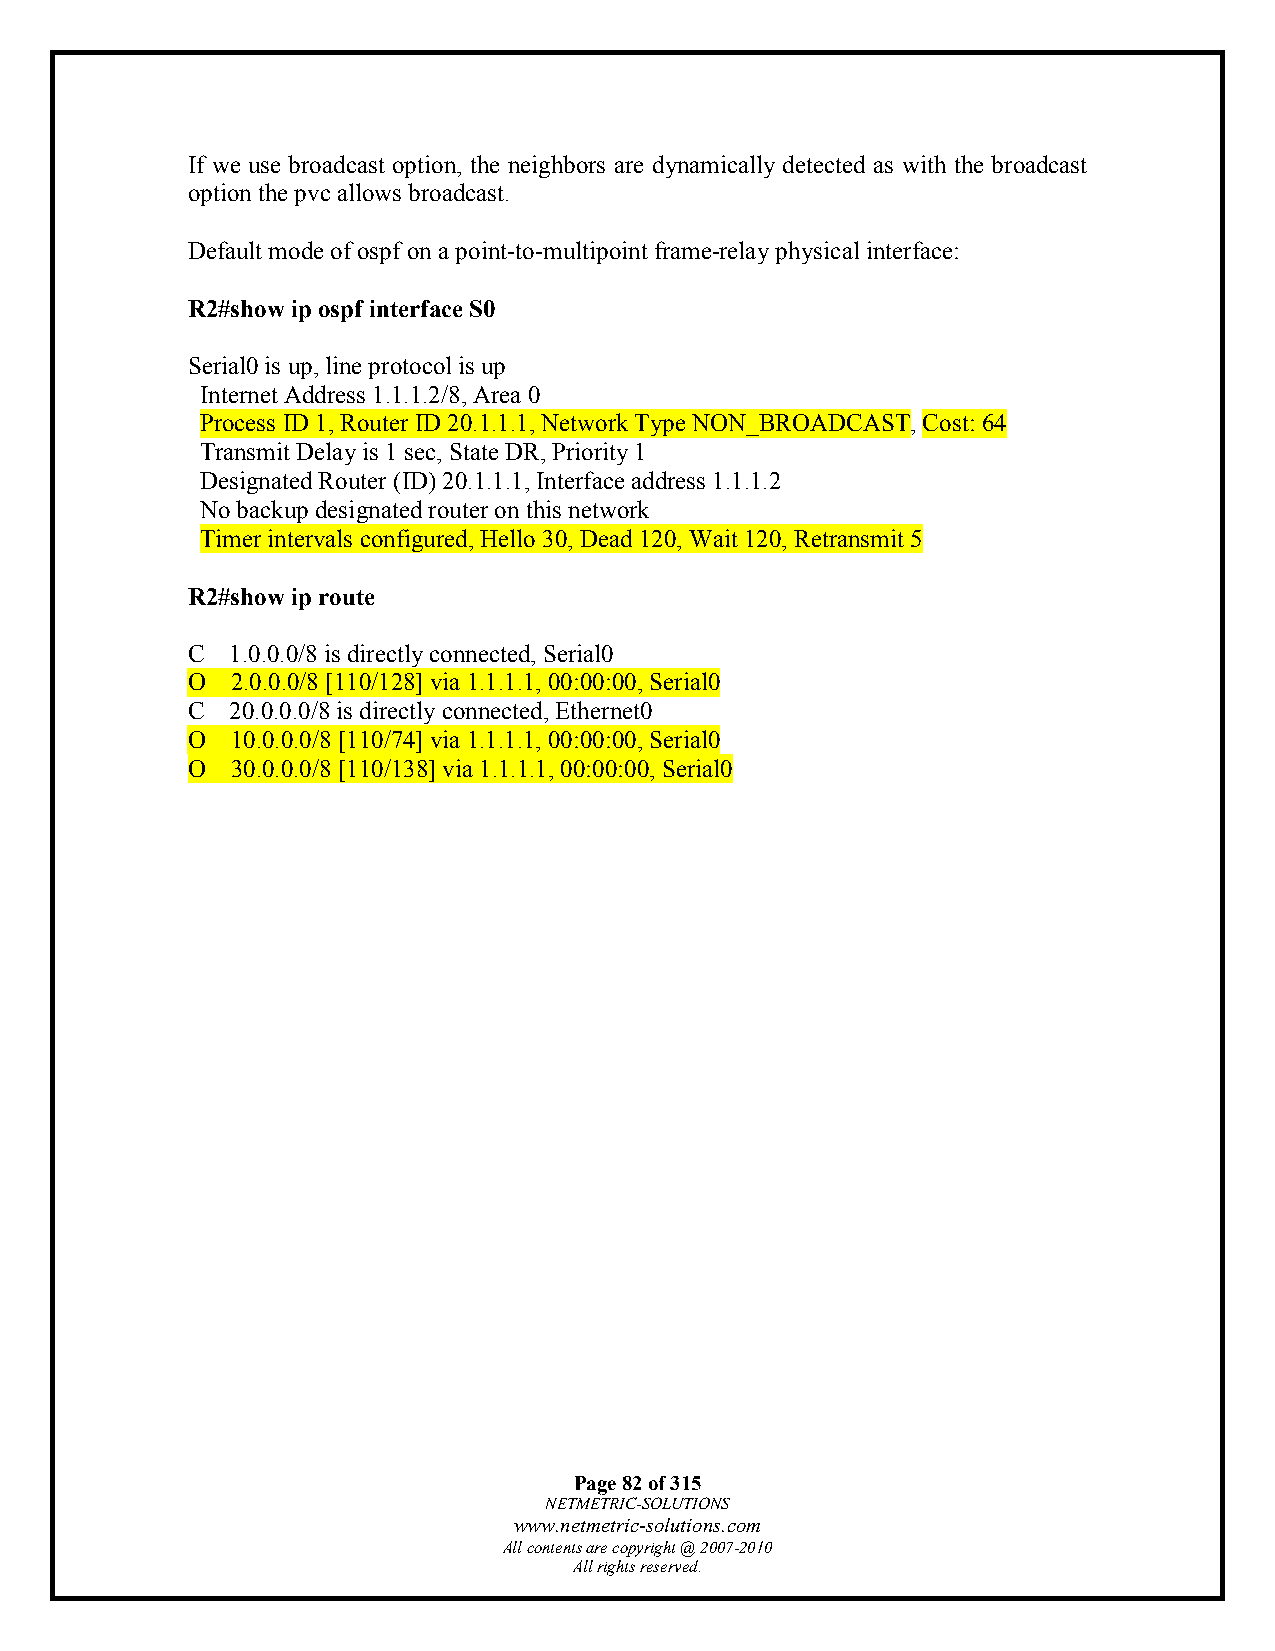
If we use broadcast option, the neighbors are dynamically detected as with the broadcast
 option the pvc allows broadcast.
 Default mode of ospf on a point-to-multipoint frame-relay physical interface:
 R2#show ip ospf interface S0
 Serial0 is up, line protocol is up
 Internet Address 1.1.1.2/8, Area 0
 Process ID 1, Router ID 20.1.1.1, Network Type NON_BROADCAST, Cost: 64
 Transmit Delay is 1 sec, State DR, Priority 1
 Designated Router (ID) 20.1.1.1, Interface address 1.1.1.2
 No backup designated router on this network
 Timer intervals configured, Hello 30, Dead 120, Wait 120, Retransmit 5
 R2#show ip route
 C  1.0.0.0/8 is directly connected, Serial0
 O  2.0.0.0/8 [110/128] via 1.1.1.1, 00:00:00, Serial0
 C  20.0.0.0/8 is directly connected, Ethernet0
 O  10.0.0.0/8 [110/74] via 1.1.1.1, 00:00:00, Serial0
 O  30.0.0.0/8 [110/138] via 1.1.1.1, 00:00:00, Serial0
 Page 82 of 315
 NETMETRIC-SOLUTIONS
 www.netmetric-solutions.com
 All contents are copyright @ 2007-2010
 All rights reserved.